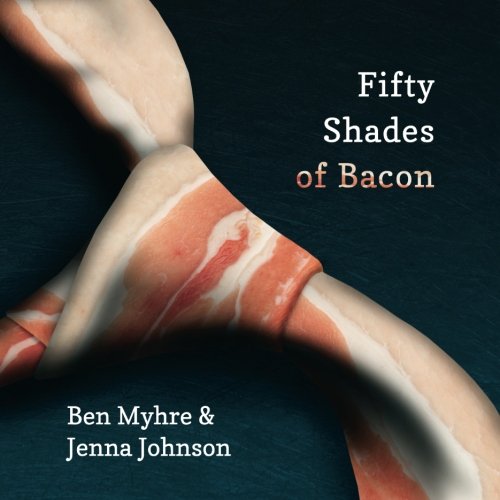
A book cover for Fifty Shades of Bacon; Benjamin Myhre; Cookbooks, Food & Wine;